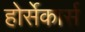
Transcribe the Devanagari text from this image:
होर्सेकार्स